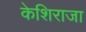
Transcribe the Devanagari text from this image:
केशिराजा